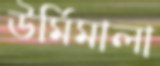
উর্মিমালা